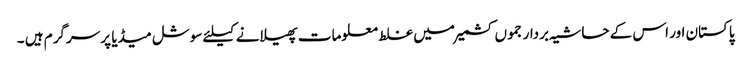
پاکستان اور اس کے حاشیہ بردار جموں کشمیرمیں غلط معلومات پھیلانے کیلئے سوشل میڈیا پر سرگرم ہیں ۔